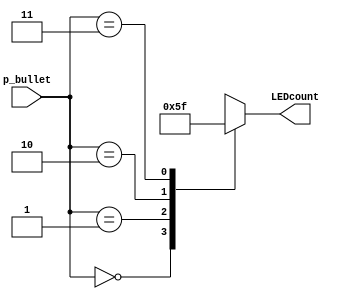
`timescale 1ns / 1ps

module display_bulletcount(
    input [1:0] p_bullet, //bullet count in binary
    output reg [2:0] LEDcount //bullet count in one hot encoding
    );
    
always@(*)begin
case(p_bullet)
2'd0: LEDcount<=3'b000;
2'd1: LEDcount<=3'b001;
2'd2: LEDcount<=3'b011;
2'd3: LEDcount<=3'b111;
endcase
end
endmodule